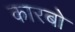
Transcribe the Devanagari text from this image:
कारबो